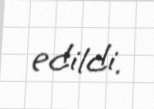
edildi.